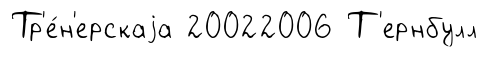
Тр'е́н'ерскаjа 20022006 Т'ернбулл